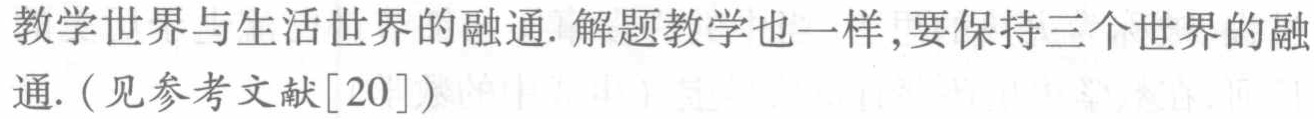
教学世界与生活世界的融通. 解题教学也一样,要保持三个世界的融通. (见参考文献[20])